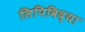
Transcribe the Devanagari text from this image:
लिपिविद्या